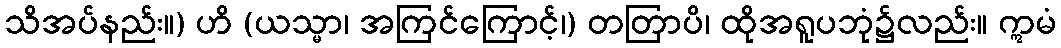
သိအပ်နည်း။) ဟိ (ယသ္မာ၊ အကြင်ကြောင့်၊) တတြာပိ၊ ထိုအရူပဘုံ၌လည်း။ ဣမံ